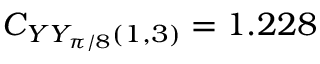
C _ { Y Y _ { \pi / 8 } ( 1 , 3 ) } = 1 . 2 2 8